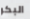
البكر